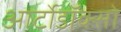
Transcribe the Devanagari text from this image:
आर्टोडॉक्सो